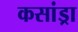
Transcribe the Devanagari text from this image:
कसांड्रा